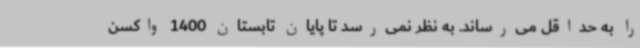
را به حداقل می‌رساند. به نظر نمی‌رسد تا پایان تابستان 1400 واکسن